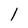
Character: 1